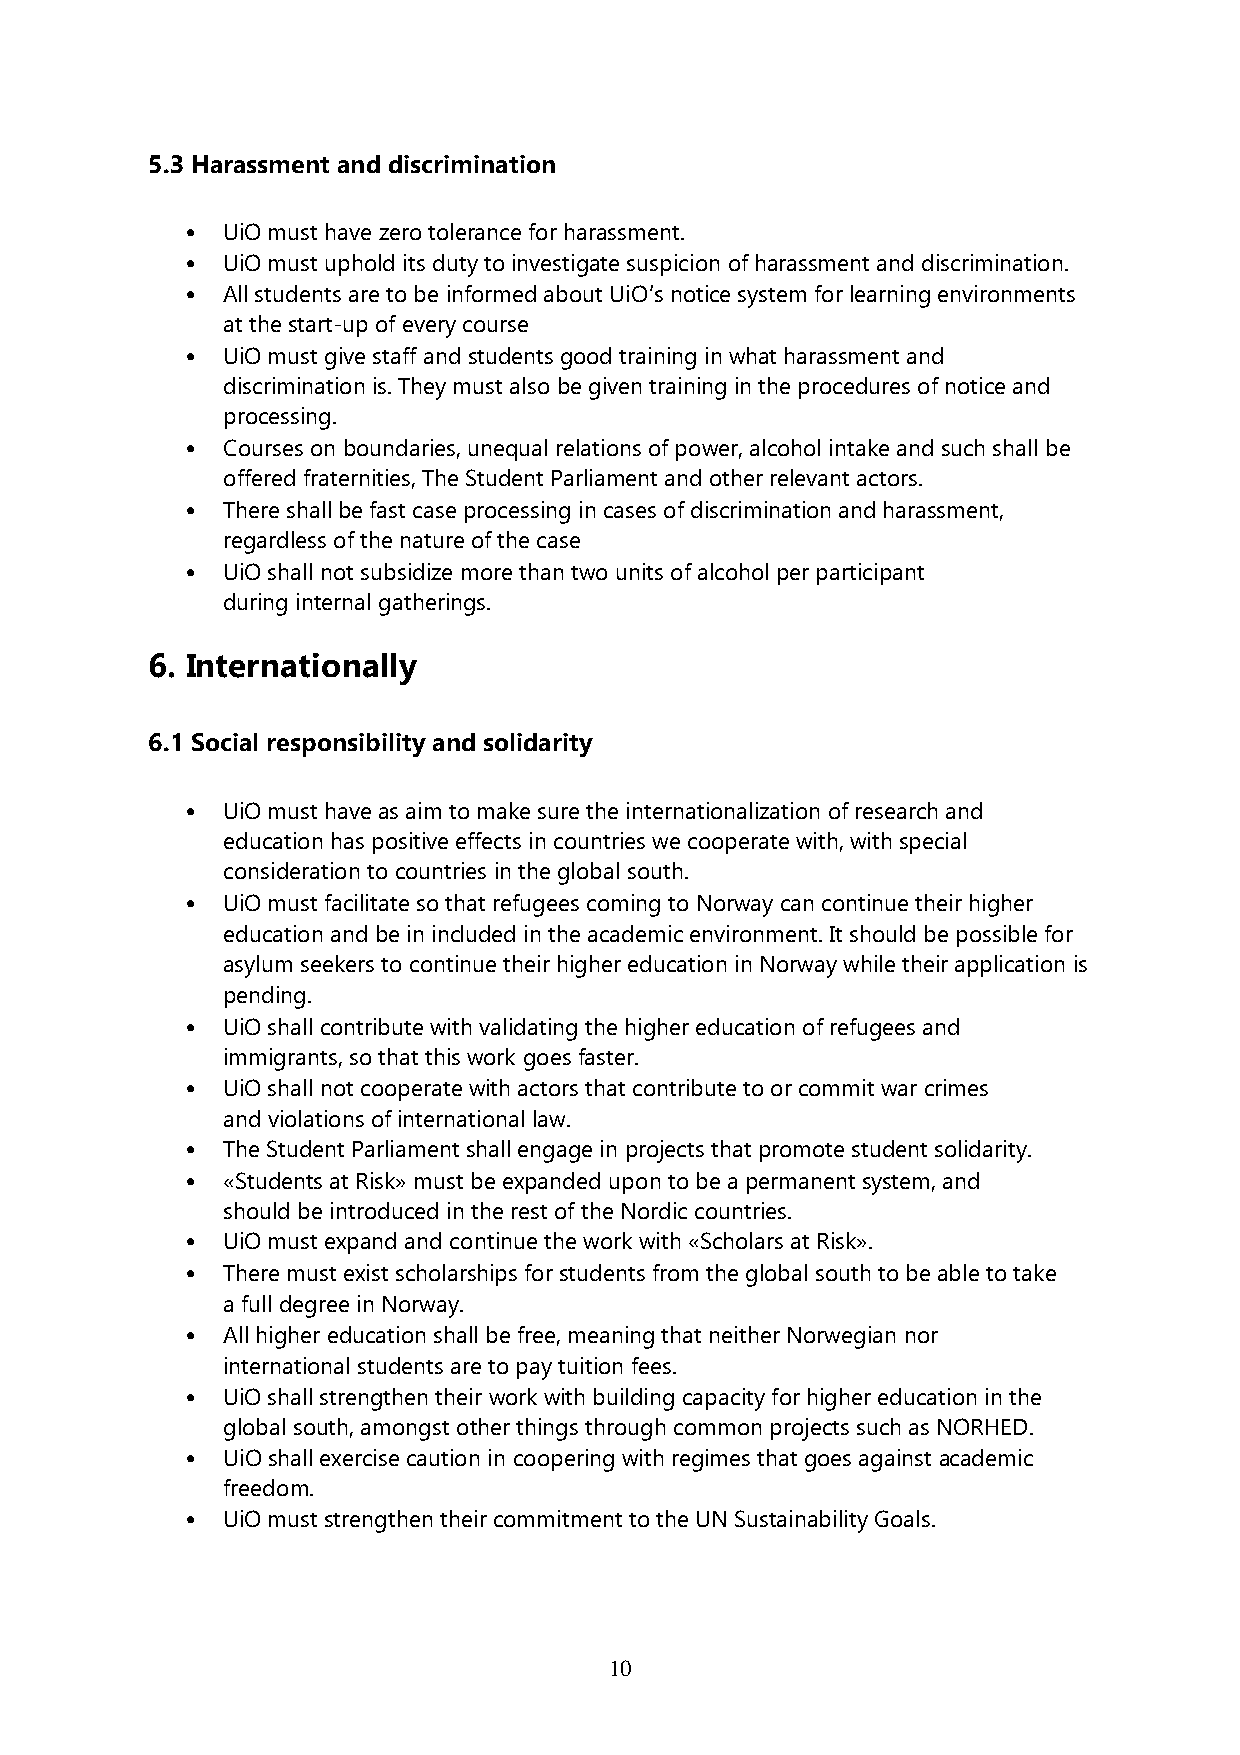
5.3 Harassment and discrimination
 •  UiO must have zero tolerance for harassment.
 •  UiO must uphold its duty to investigate suspicion of harassment and discrimination.
 •  All students are to be informed about UiO’s notice system for learning environments
 at the start-up of every course
 •  UiO must give staff and students good training in what harassment and
 discrimination is. They must also be given training in the procedures of notice and
 processing.
 •  Courses on boundaries, unequal relations of power, alcohol intake and such shall be
 offered fraternities, The Student Parliament and other relevant actors.
 •  There shall be fast case processing in cases of discrimination and harassment,
 regardless of the nature of the case
 •  UiO shall not subsidize more than two units of alcohol per participant
 during internal gatherings.
 6. Internationally
 6.1 Social responsibility and solidarity
 •  UiO must have as aim to make sure the internationalization of research and
 education has positive effects in countries we cooperate with, with special
 consideration to countries in the global south.
 •  UiO must facilitate so that refugees coming to Norway can continue their higher
 education and be in included in the academic environment. It should be possible for
 asylum seekers to continue their higher education in Norway while their application is
 pending.
 •  UiO shall contribute with validating the higher education of refugees and
 immigrants, so that this work goes faster.
 •  UiO shall not cooperate with actors that contribute to or commit war crimes
 and violations of international law.
 •  The Student Parliament shall engage in projects that promote student solidarity.
 •  «Students at Risk» must be expanded upon to be a permanent system, and
 should be introduced in the rest of the Nordic countries.
 •  UiO must expand and continue the work with «Scholars at Risk».
 •  There must exist scholarships for students from the global south to be able to take
 a full degree in Norway.
 •  All higher education shall be free, meaning that neither Norwegian nor
 international students are to pay tuition fees.
 •  UiO shall strengthen their work with building capacity for higher education in the
 global south, amongst other things through common projects such as NORHED.
 •  UiO shall exercise caution in coopering with regimes that goes against academic
 freedom.
 •  UiO must strengthen their commitment to the UN Sustainability Goals.
 10